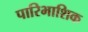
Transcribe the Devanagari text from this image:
पारिभाशिक